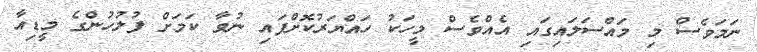
ނަމަވެސް މި މައްސަލައިގައި އެއްވެސް މީހަކު ހައްޔަރުކޮށްފައި ނުވާ ކަމަށް ފުލުހުންގެ މީޑިއާ